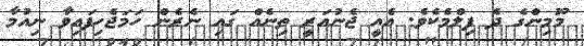
މޫމިންގެ ދެ ފިލްމެކެވެ. އެއީ ޖެނުއަރީ ތިނެއް ގައި ނެރެން ހަމަޖެހިފައިވާ ނިއުމާ